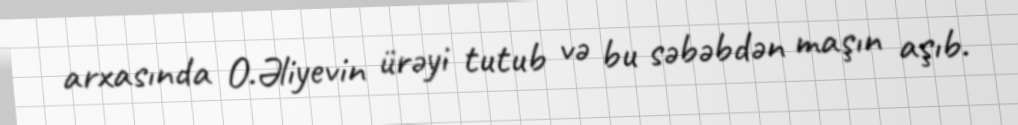
arxasında O.Əliyevin ürəyi tutub və bu səbəbdən maşın aşıb.